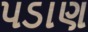
પડાણ